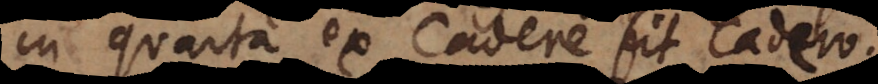
in quarta ex Cadere fit Cadero.